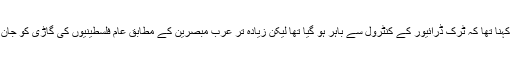
اس واقعے کے بعد اسرائیل کا کہنا تھا کہ ٹرک ڈرائیور کے کنٹرول سے باہر ہو گیا تھا لیکن زیادہ تر عرب مبصرین کے مطابق عام فلسطینیوں کی گاڑی کو جان بوجھ کر ٹکر ماری گئی تھی۔